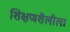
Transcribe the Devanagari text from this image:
शिक्षणशैलीला